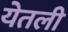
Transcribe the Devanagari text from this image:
येतली